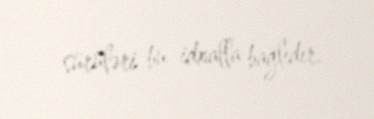
sürüləri bu idxalla bağlıdır.